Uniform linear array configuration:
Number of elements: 8
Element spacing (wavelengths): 0.25
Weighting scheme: hann
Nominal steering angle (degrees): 60
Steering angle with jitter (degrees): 58.118
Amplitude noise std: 0.05
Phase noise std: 0.05

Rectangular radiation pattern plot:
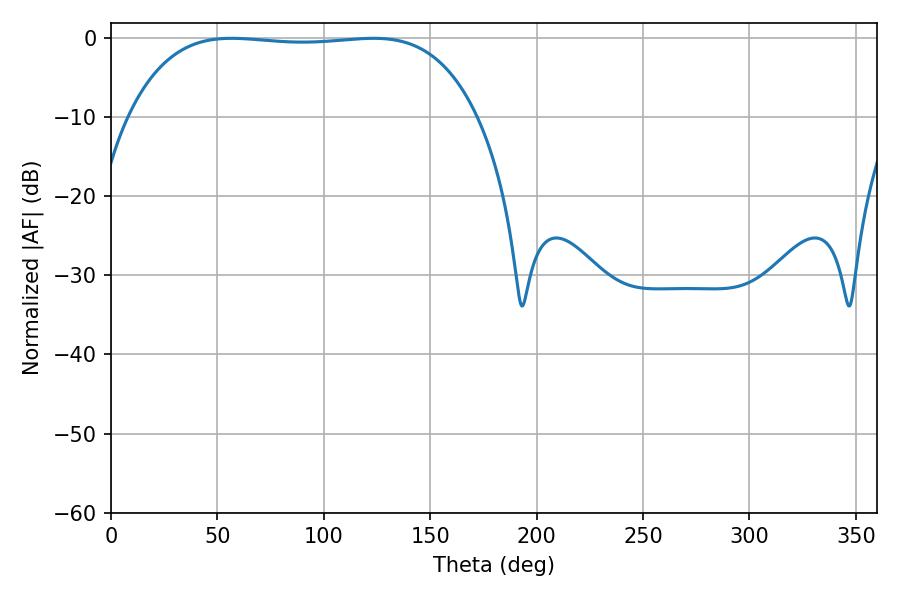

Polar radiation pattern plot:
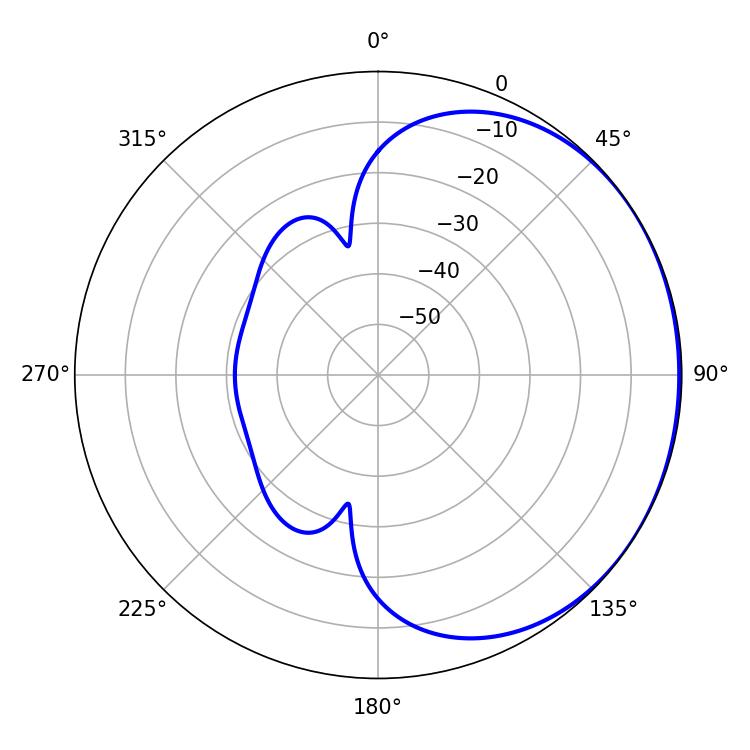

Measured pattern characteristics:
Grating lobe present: FALSE
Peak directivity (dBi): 0.7176
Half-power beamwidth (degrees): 128.52
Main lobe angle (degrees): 56.7